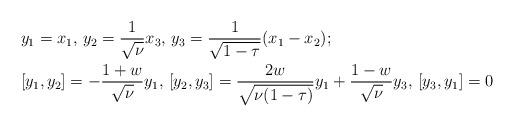
LaTeX: \begin{align*}&y_1=x_1, \, y_2=\frac{1}{\sqrt{\nu}}x_3, \, y_3=\frac{1}{\sqrt{1-\tau}}(x_1-x_2);\\&[y_1,y_2]=-\frac{1+w}{\sqrt{\nu}}y_1, \,[y_2,y_3]=\frac{2w}{\sqrt{\nu(1-\tau)}}y_1 + \frac{1-w}{\sqrt{\nu}}y_3, \,[y_3,y_1]=0 \end{align*}